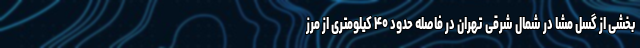
بخشی از گسل مشا در شمال شرقی تهران در فاصله حدود ۴۰ کیلومتری از مرز